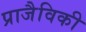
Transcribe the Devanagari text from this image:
प्राजैविकी